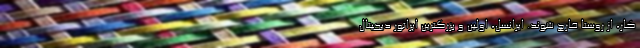
کار، از روستا خارج شوند. ایرانسل، اولین و بزرگترین اپراتور دیجیتال